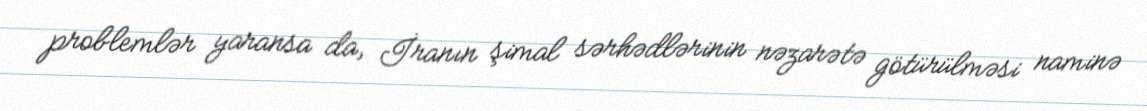
problemlər yaransa da, İranın şimal sərhədlərinin nəzarətə götürülməsi naminə